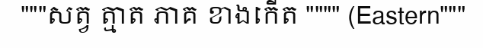
"""សត្វ ត្មាត ភាគ ខាងកើត """" (Eastern"""